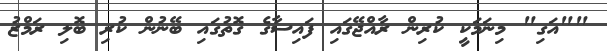
""އަގި" މިނަމަކީ ކުރިން ރާއްޖޭގައި ފައިސާގެ ގޮތުގައި ބޭނުން ކުރި ބޮލި ރަމްޒު